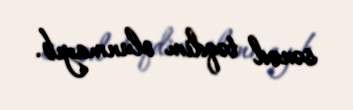
sənəd təqdim olunmayıb.